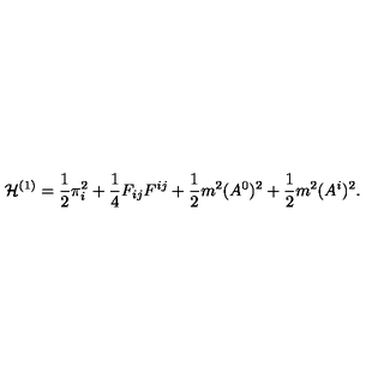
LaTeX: { \cal H } ^ { ( 1 ) } = \frac { 1 } { 2 } \pi _ { i } ^ { 2 } + \frac { 1 } { 4 } F _ { i j } F ^ { i j } + \frac { 1 } { 2 } m ^ { 2 } ( A ^ { 0 } ) ^ { 2 } + \frac { 1 } { 2 } m ^ { 2 } ( A ^ { i } ) ^ { 2 } .